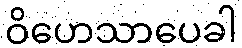
ဝိဟေသာပေခါ